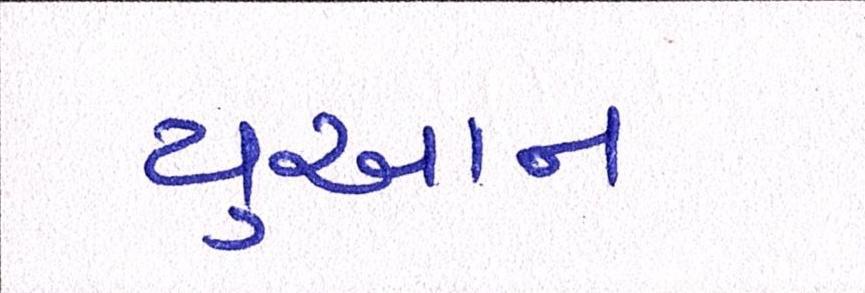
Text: યુઆન